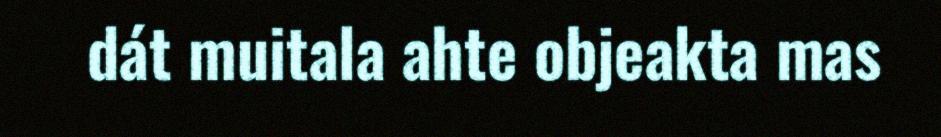
dát muitala ahte objeakta mas